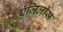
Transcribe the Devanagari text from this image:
ऍजिलीस